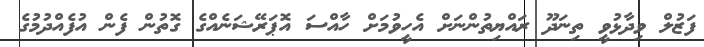
ފަޒުލް ވިދާޅުވީ ތިނަދޫ ރައްޔިތުންނަށް އެހީވުމަށް ހާއްސަ އޮޕަރޭޝަނެއްގެ ގޮތުން ފެން އުފެއްދުމުގެ